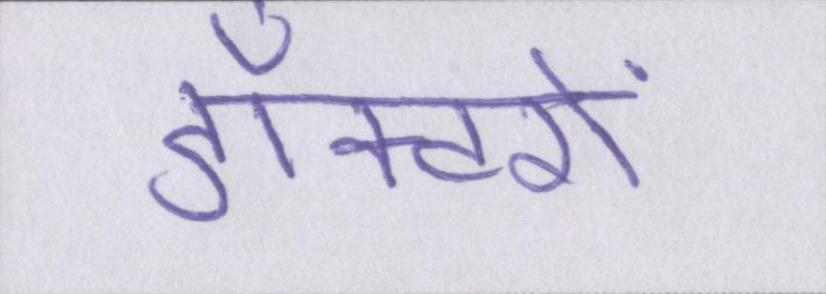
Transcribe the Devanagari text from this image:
डॉक्टरों